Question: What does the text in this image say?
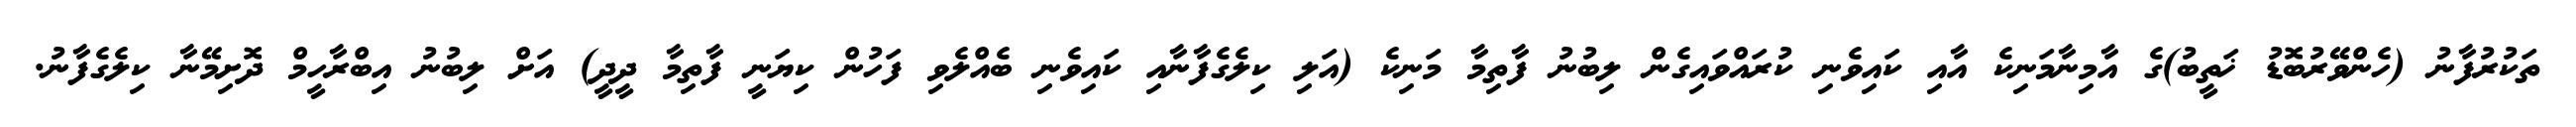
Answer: ތަކުރުފާނު (ހެންވޭރުބޮޑު ޚަތީބު)ގެ އާމިނާމަނިކެ އާއި ކައިވެނި ކުރައްވައިގެން ލިބުނު ފާތިމާ މަނިކެ (އަލި ކިލެގެފާނާއި ކައިވެނި ބެއްލެވި ފަހުން ކިޔަނީ ފާތިމާ ދީދީ) އަށް ލިބުނު އިބްރާހީމް ދޮށިމޭނާ ކިލެގެފާނު.